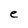
Character: e